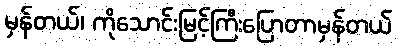
မှန်တယ်၊ ကိုသောင်းမြင့်ကြီးပြောတာမှန်တယ်